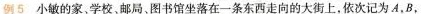
例5小敏的家。学校，邮局、图书馆坐落在一条东西走向的大街上，依次记为A，B，